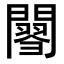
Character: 𨶟